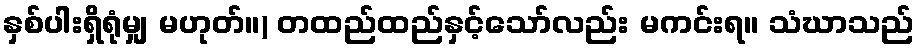
နှစ်ပါးရှိရုံမျှ မဟုတ်။) တထည်ထည်နှင့်သော်လည်း မကင်းရ။ သံဃာသည်